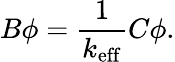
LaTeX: B\phi=\frac{1}{k_{\mathrm{eff}}}C\phi.